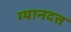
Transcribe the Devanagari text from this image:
ग्यानदत्त